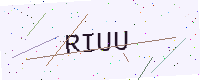
Text: RIUU